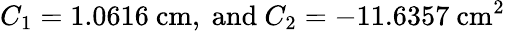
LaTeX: C_{1}=1.0616\ \mathrm{cm},\ \mathrm{and}\ C_{2}=-11.6357\ \mathrm{cm}^{2}